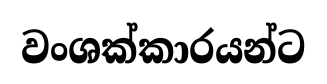
වංශක්කාරයන්ට